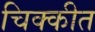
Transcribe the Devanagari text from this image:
चिक्कीत